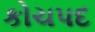
કોચપદ